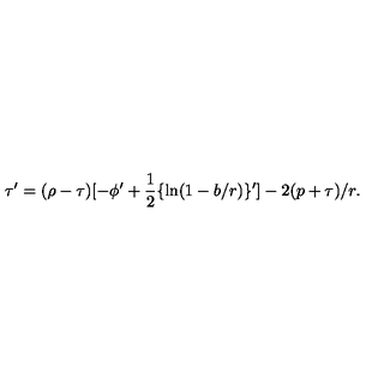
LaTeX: \tau ^ { \prime } = ( \rho - \tau ) [ - \phi ^ { \prime } + { \frac { 1 } { 2 } } \{ \ln ( 1 - b / r ) \} ^ { \prime } ] - 2 ( p + \tau ) / r .